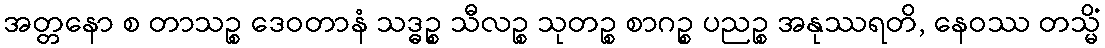
အတ္တနော စ တာသဉ္စ ဒေဝတာနံ သဒ္ဓဉ္စ သီလဉ္စ သုတဉ္စ စာဂဉ္စ ပညဉ္စ အနုဿရတိ, နေဝဿ တသ္မိံ